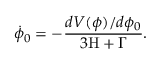
{ \dot { \phi } } _ { 0 } = - \frac { d V ( \phi ) / d \phi _ { 0 } } { 3 \mathrm { H } + \Gamma } .